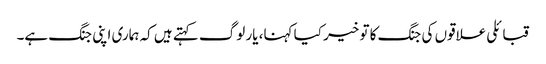
قبائلی علاقوں کی جنگ کا تو خیر کیا کہنا، یار لوگ کہتے ہیں کہ ہماری اپنی جنگ ہے۔